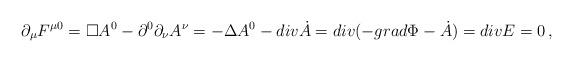
LaTeX: \begin{align*}\partial_\mu F^{\mu 0 }= \Box A^0 -\partial^0 \partial_\nu A^\nu = -\Delta A^0 - div \dot{A} = div(-grad \Phi - \dot{A}) = div E=0 \, ,\end{align*}